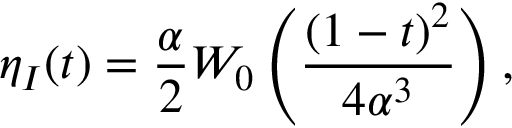
\eta _ { I } ( t ) = \frac { \alpha } { 2 } W _ { 0 } \left( \frac { ( 1 - t ) ^ { 2 } } { 4 \alpha ^ { 3 } } \right) ,